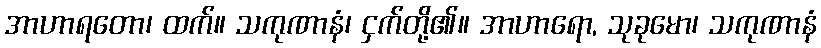
အာဟာရတော၊ ထက်။ သကုဏာနံ၊ ငှက်တို့၏။ အာဟာရော, သုခုမော၊ သကုဏာနံ